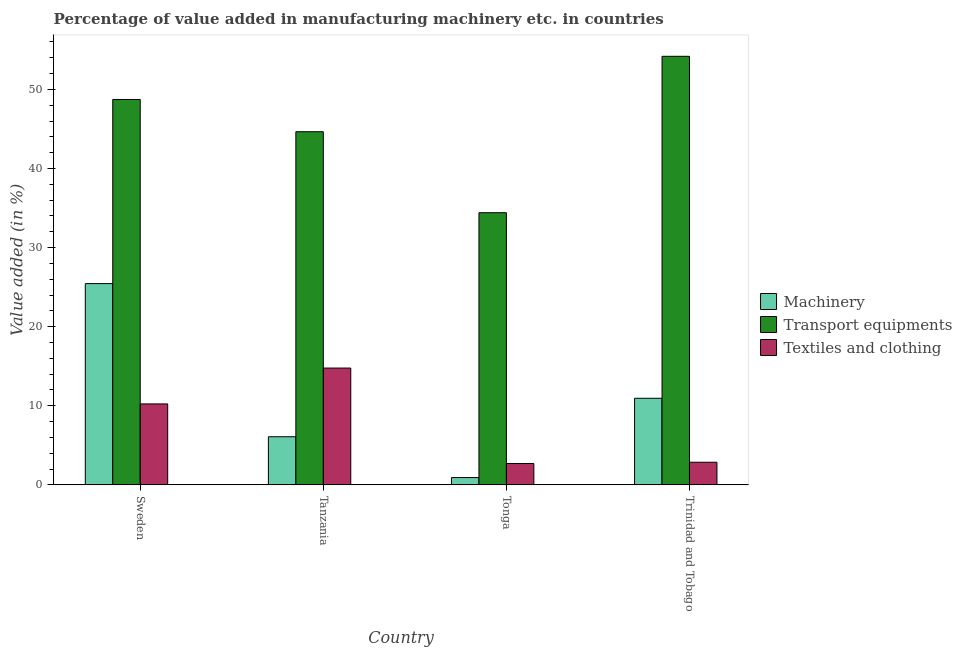
| Country | Machinery | Transport equipments | Textiles and clothing |
 | --- | --- | --- | --- |
 | Sweden | 25.4 | 48.7 | 10.2 |
 | Tanzania | 6.09 | 44.7 | 14.8 |
 | Tonga | 0.929 | 34.4 | 2.7 |
 | Trinidad and Tobago | 11 | 54.2 | 2.86 |